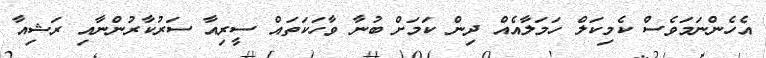
އެހެންނަމަވެސް ކެމިކަލް ހަމަލާއެއް ދިން ކަމަށް ބުނާ ވާހަކަތައް ސީރިއާ ސަރުކާރުންނާއި ރަޝިއާ